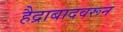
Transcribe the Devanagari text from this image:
हैद्राबादवरून